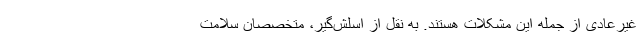
غیرعادی از جمله این مشکلات هستند. به نقل از اسلش‌گیر، متخصصان سلامت